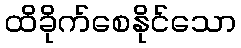
ထိခိုက်စေနိုင်သော